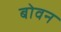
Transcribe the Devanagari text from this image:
बोवन